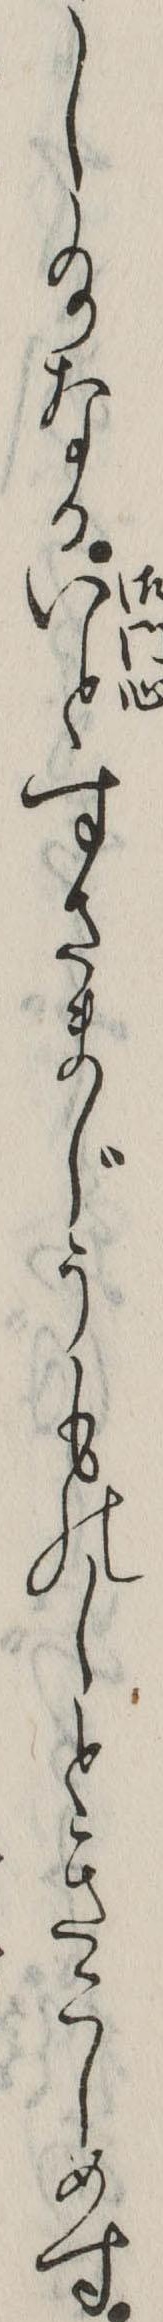
し給なるいとすさまじうものしときこしめす